Annual report of the Punjab Veterinary College and of the Civil Veterinary Department, Punjab - 1926-1932
Year: 1926
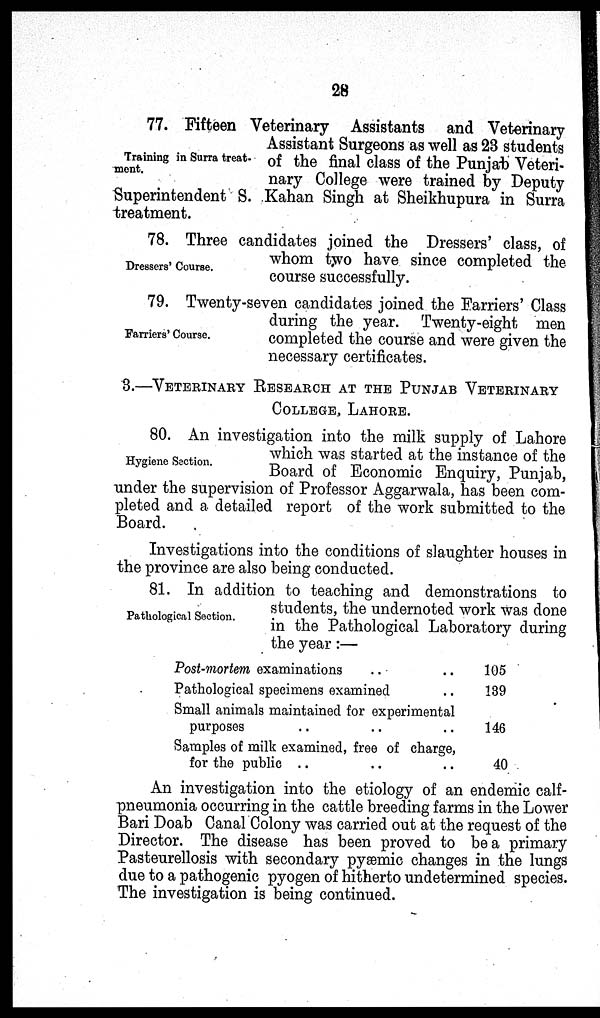
28
Training in Surra treat-
ment.
77. Fifteen Veterinary Assistants and Veterinary
Assistant Surgeons as well as 23 students
of the final class of the Punjab Veteri-
nary College were trained by Deputy
Superintendent S. Kahan Singh at Sheikhupura in Surra
treatment.
Dressers' Course.
78. Three candidates joined the Dressers' class, of
whom two have since completed the
course successfully.
Farriers' Course.
79. Twenty-seven candidates joined the Earrers' Class
during the year. Twenty-eight men
completed the course and were given the
necessary certificates.
3.—VETERINARY RESEARCH AT THE VETERINARY
COLLEGE, LAHORE.
Hygiene Section.
80. An investigation into the milk supply of Lahore
which was started at the instance of the
Board of Economic Enquiry, Punjab,
under the supervision of Professor Aggarwala, has been com-
pleted and a detailed report of the work submitted to the
Board.
Investigations into the conditions of slaughter houses in
the province are also being conducted.
Pathologica1 Section.
81. In addition to teaching and demonstrations to
students, the undernoted work was done
in the Pathological Laboratory during
the year :—
Post-mortem examinations .. ..
Pathological specimens examined ..
Small animals maintained for experimental
purposes .. .. ..
Samples of milk examined, free of charge,
for the public .. .. ..
105
139
146
40
An investigation into the etiology of an endemic calf-
pneumonia occurring in the cattle breeding farms in the Lower
Bari Doab Canal Colony was carried out at the request of the
Director. The disease has been proved to be a primary
Pasteurellosis with secondary pyæmic changes in the lungs
due to a pathogenic pyogen of hitherto undetermined species.
The investigation is being continued.